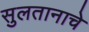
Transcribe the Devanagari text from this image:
सुलतानाचे